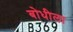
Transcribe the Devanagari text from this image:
बोधीला